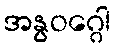
အနွဝဂ္ဂေါ